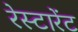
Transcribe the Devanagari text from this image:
रेस्टारेंट